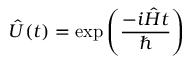
{ \hat { U } } ( t ) = \exp \left( { \frac { - i { \hat { H } } t } { \hbar } } \right)